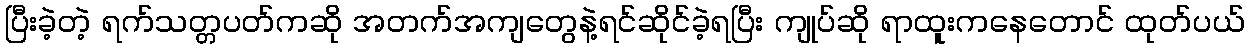
ပြီးခဲ့တဲ့ ရက်သတ္တပတ်ကဆို အတက်အကျတွေနဲ့ရင်ဆိုင်ခဲ့ရပြီး ကျုပ်ဆို ရာထူးကနေတောင် ထုတ်ပယ်